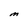
Character: M